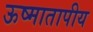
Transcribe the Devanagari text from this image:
ऊष्मातापीय